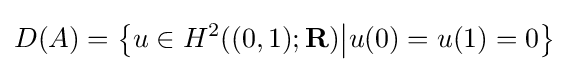
D(A)={\big \{}u\in H^{2}((0,1);\mathbf {R} ){\big |}u(0)=u(1)=0{\big \}}